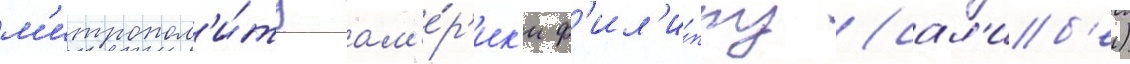
м'итропол'и́ту ам'е́р'ик'и ф'ил'и́ппу (сал'иб'е)